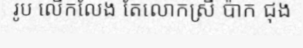
រូប លើកលែង តែលោកស្រី ប៉ាក ជុង